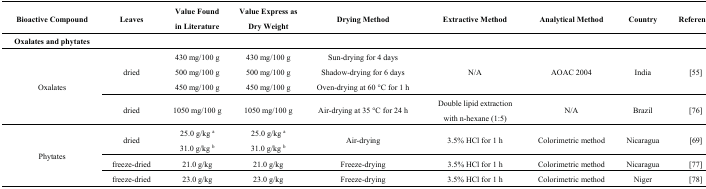
| Bioactive Compound | Leaves | Value Found in Literature | Value Express as Dry Weight | Drying Method | Extractive Method | Analytical Method | Country | Reference |
 | --- | --- | --- | --- | --- | --- | --- | --- | --- |
 | Oxalates and phytates |  |  |  |  |  |  |  |  |
 | <ROWSPAN=4> Oxalates | <ROWSPAN=3> dried | 430 mg/100 g | 430 mg/100 g | Sun-drying for 4 days | <ROWSPAN=3> N/A | <ROWSPAN=3> AOAC 2004 | <ROWSPAN=3> India | <ROWSPAN=3> [55] |
 | 500 mg/100 g | 500 mg/100 g | Shadow-drying for 6 days |
 | 450 mg/100 g | 450 mg/100 g | Oven-drying at 60 °C for 1 h |
 | dried | 1050 mg/100 g | 1050 mg/100 g | Air-drying at 35 °C for 24 h | Double lipid extraction with n-hexane (1:5) | N/A | Brazil | [76] |
 | <ROWSPAN=4> Phytates | <ROWSPAN=2> dried | 25.0 g/kg a | 25.0 g/kg a | <ROWSPAN=2> Air-drying | <ROWSPAN=2> 3.5% HCl for 1 h | <ROWSPAN=2> Colorimetric method | <ROWSPAN=2> Nicaragua | <ROWSPAN=2> [69] |
 | 31.0 g/kg b | 31.0 g/kg b |
 | freeze-dried | 21.0 g/kg | 21.0 g/kg | Freeze-drying | 3.5% HCl for 1 h | Colorimetric method | Nicaragua | [77] |
 | freeze-dried | 23.0 g/kg | 23.0 g/kg | Freeze-drying | 3.5% HCl for 1 h | Colorimetric method | Niger | [78] |